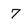
Character: 7